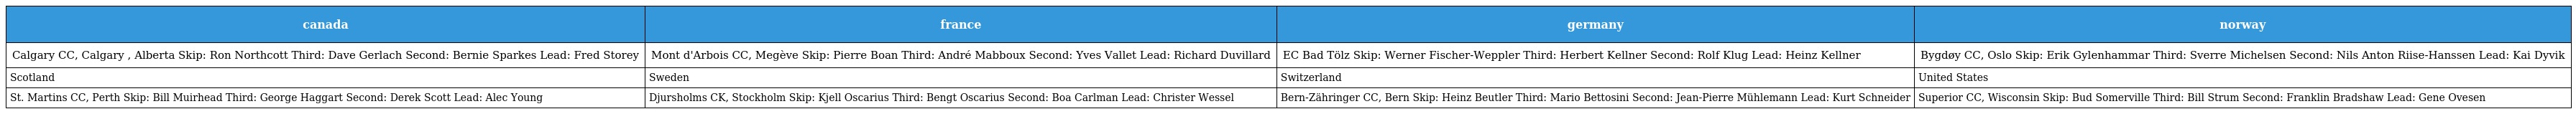
| canada | france | germany | norway |
 | --- | --- | --- | --- |
 | Calgary CC, Calgary , Alberta Skip: Ron Northcott Third: Dave Gerlach Second: Bernie Sparkes Lead: Fred Storey | Mont d'Arbois CC, Megève Skip: Pierre Boan Third: André Mabboux Second: Yves Vallet Lead: Richard Duvillard | EC Bad Tölz Skip: Werner Fischer-Weppler Third: Herbert Kellner Second: Rolf Klug Lead: Heinz Kellner | Bygdøy CC, Oslo Skip: Erik Gylenhammar Third: Sverre Michelsen Second: Nils Anton Riise-Hanssen Lead: Kai Dyvik |
 | Scotland | Sweden | Switzerland | United States |
 | St. Martins CC, Perth Skip: Bill Muirhead Third: George Haggart Second: Derek Scott Lead: Alec Young | Djursholms CK, Stockholm Skip: Kjell Oscarius Third: Bengt Oscarius Second: Boa Carlman Lead: Christer Wessel | Bern-Zähringer CC, Bern Skip: Heinz Beutler Third: Mario Bettosini Second: Jean-Pierre Mühlemann Lead: Kurt Schneider | Superior CC, Wisconsin Skip: Bud Somerville Third: Bill Strum Second: Franklin Bradshaw Lead: Gene Ovesen |